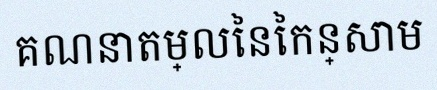
គណនាតម្លៃនៃកន្សោម